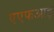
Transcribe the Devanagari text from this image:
एएफआइ